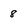
Character: 8